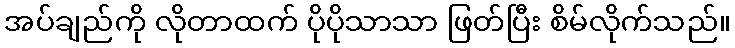
အပ်ချည်ကို လိုတာထက် ပိုပိုသာသာ ဖြတ်ပြီး စိမ်လိုက်သည်။